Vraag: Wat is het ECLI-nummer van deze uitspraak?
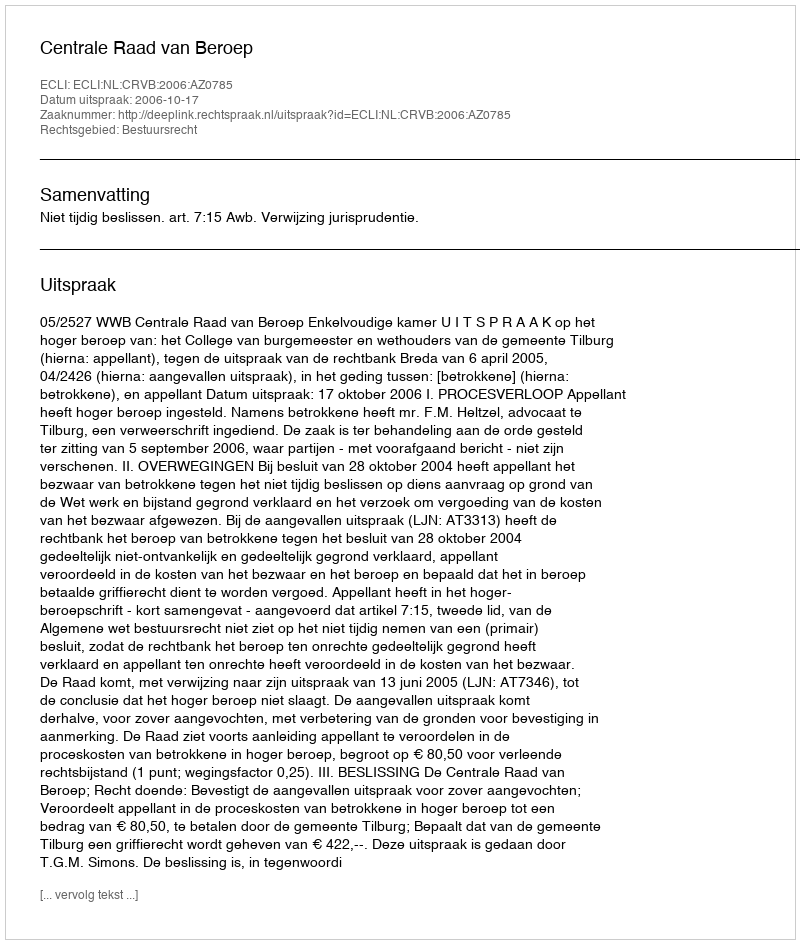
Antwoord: ECLI:NL:CRVB:2006:AZ0785